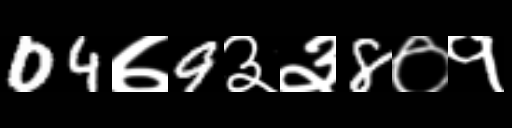
Text: 04७9३३8०१